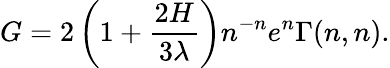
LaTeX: G=2\left(1+{\frac{2H}{3\lambda}}\right)n^{-n}e^{n}\Gamma(n,n).